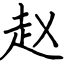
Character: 赵